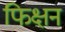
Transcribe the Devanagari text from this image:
फिक्षन